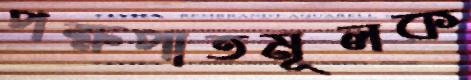
পক্ষপাতমূলক